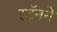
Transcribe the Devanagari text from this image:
स्टॅनने